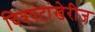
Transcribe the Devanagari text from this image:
चित्रपटांखेरीज